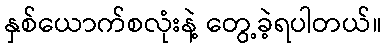
နှစ်ယောက်စလုံးနဲ့ တွေ့ခဲ့ရပါတယ်။